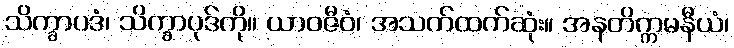
သိက္ခာပဒံ၊ သိက္ခာပုဒ်ကို။ ယာဝဇီဝံ၊ အသက်ထက်ဆုံး။ အနတိက္ကမနီယံ၊